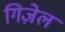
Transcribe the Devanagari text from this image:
गिज़ेल